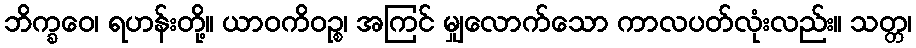
ဘိက္ခဝေ၊ ရဟန်းတို့။ ယာဝကိဝဉ္စ၊ အကြင် မျှလောက်သော ကာလပတ်လုံးလည်း။ သတ္တ၊